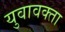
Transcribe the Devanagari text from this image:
युवावक्ता